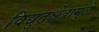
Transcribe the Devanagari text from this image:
विद्युतक्षेत्रामुळे